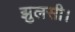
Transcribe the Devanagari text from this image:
झुलसी।